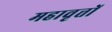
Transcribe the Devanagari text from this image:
महावृत्तों